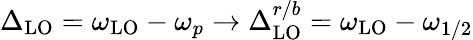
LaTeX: \Delta_{\mathrm{LO}}=\omega_{\mathrm{LO}}-\omega_{p}\rightarrow\Delta_{\mathrm{LO}}^{r/b}=\omega_{\mathrm{LO}}-\omega_{1/2}